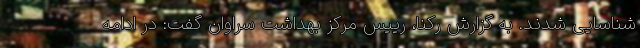
شناسایی شدند. به گزارش رکنا، رییس مرکز بهداشت سراوان گفت: در ادامه